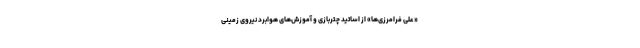
«علی فرامرزی‌ها» از اساتید چتربازی و آموزش‌های هوابرد نیروی زمینی